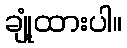
ချုံ့ထားပါ။